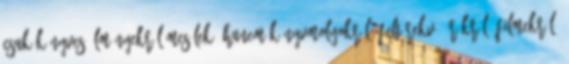
csak könyves élményekről mesélek, hanem könyvmolyokról, feltörekvő írókról, filmekről,